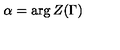
\alpha = \arg Z ( \Gamma )